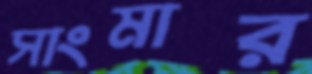
সাংমার